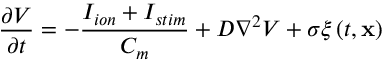
\frac { \partial V } { \partial t } = - \frac { I _ { i o n } + I _ { s t i m } } { C _ { m } } + D \nabla ^ { 2 } V + \sigma \xi \left( t , \mathbf { x } \right)